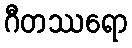
ဂီတဿရော